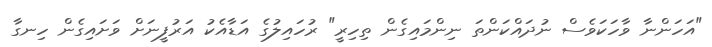
"އަހަންނާ ވާހަކަވެސް ނުދައްކަންތަ ނިންމައިގެން ތިހިރީ" ރުހައިލުގެ އަޑާއެކު އަރުފީނަށް ވަށައިގެން ހިނގާ